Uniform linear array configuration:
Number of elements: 64
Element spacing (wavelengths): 0.5
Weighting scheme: hamming
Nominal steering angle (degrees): -45
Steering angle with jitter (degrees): -46.049
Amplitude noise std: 0.05
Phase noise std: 0.05

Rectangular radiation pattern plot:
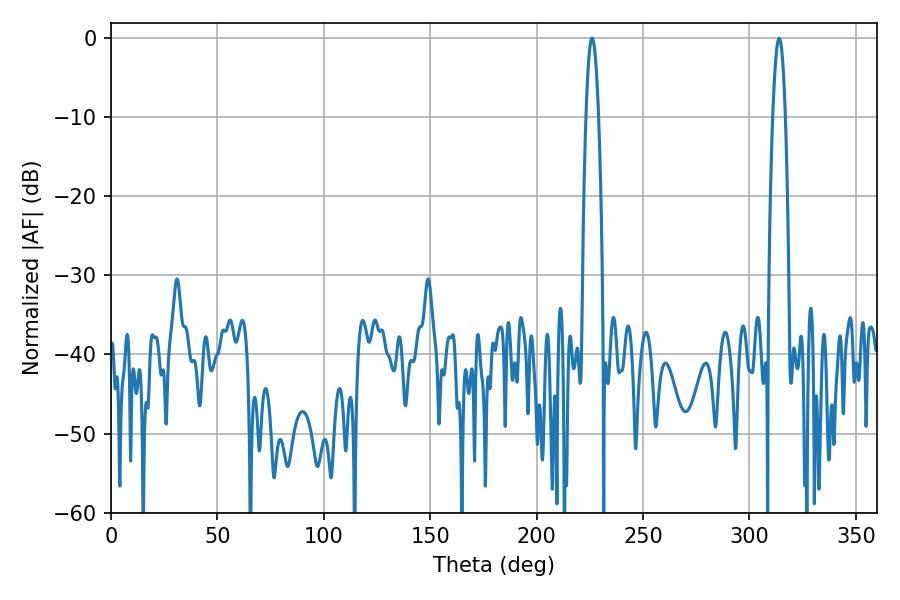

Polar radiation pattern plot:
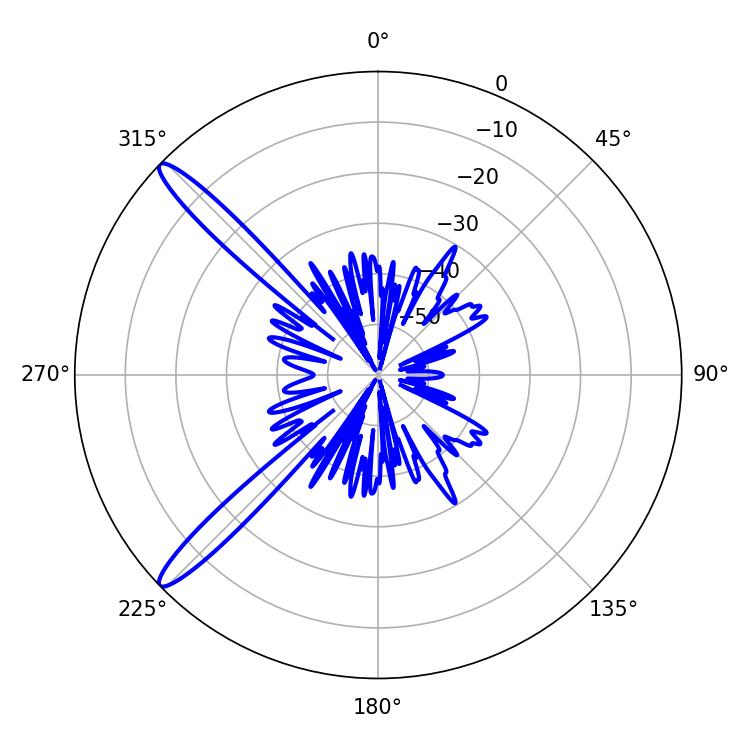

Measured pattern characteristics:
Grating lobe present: FALSE
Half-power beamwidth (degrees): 3.24
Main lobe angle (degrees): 313.92